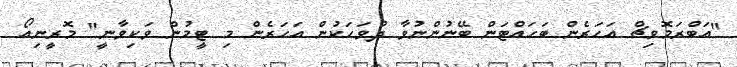
"އަބްރަމޮވިޗް އަހަރެން ބަހައްޓަން ބޭނުންނުވާ ދުވަހަކުން އަހަރެން މި ޓީމުން ވަކިވާނީ" މޮރީނިއޯ